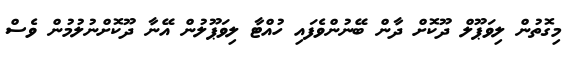
މިގޮތުން ލިވަޕޫލް ދޫކޮށް ދާން ބޭނުންވެފައި ހުއްޓާ ލިވަޕޫލުން އޭނާ ދޫކޮށްނުލުމުން ވެސް